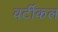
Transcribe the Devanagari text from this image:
वर्टीकल